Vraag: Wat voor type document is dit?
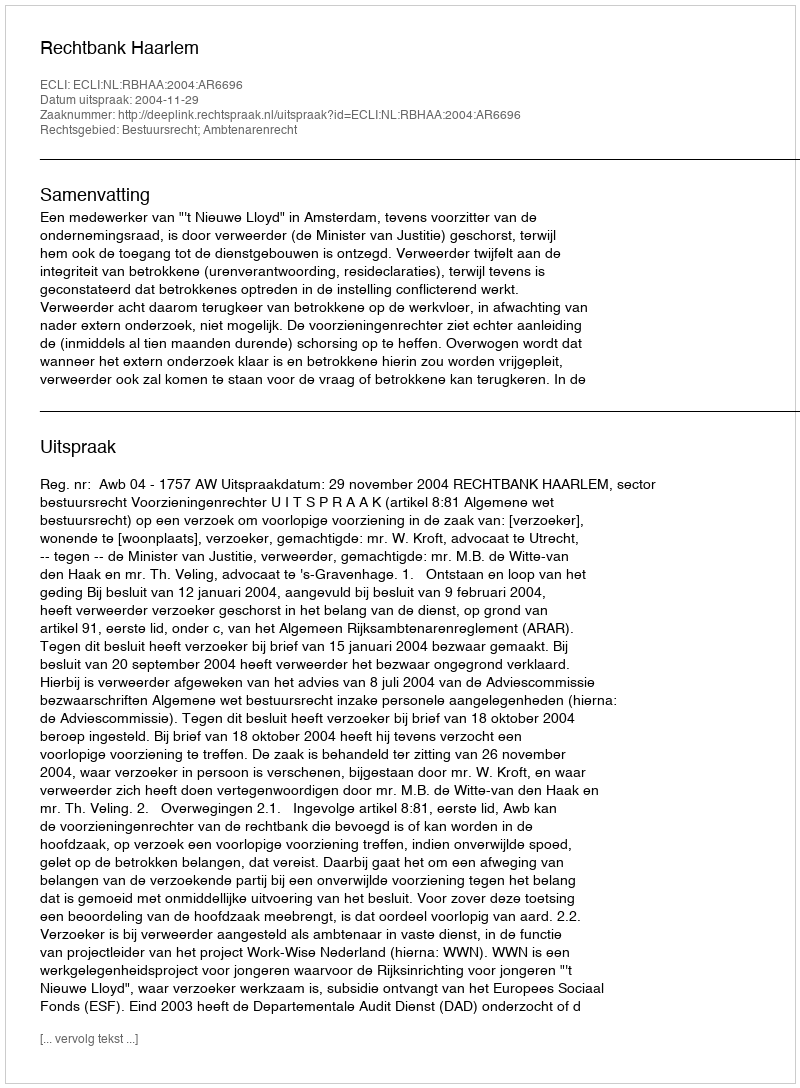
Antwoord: Uitspraak